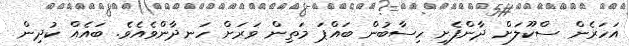
އަހަރެން ސްކޫލަށް ދާންފެށި ހިސާބުން ބައްޕަ މަތިން ވަރަށް ހަނދާންވެއެވެ. ބައެއް ކުދިން